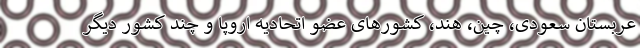
عربستان سعودی، چین، هند، کشورهای عضو اتحادیه اروپا و چند کشور دیگر